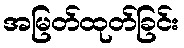
အမြတ်ထုတ်ခြင်း